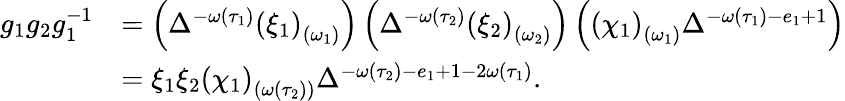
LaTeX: \begin{array}{rl}{g_{1}g_{2}g_{1}^{-1}}&{=\left(\Delta^{-\omega\left(\tau_{1}\right)}\left(\xi_{1}\right)_{\left(\omega_{1}\right)}\right)\left(\Delta^{-\omega\left(\tau_{2}\right)}\left(\xi_{2}\right)_{\left(\omega_{2}\right)}\right)\left(\left(\chi_{1}\right)_{\left(\omega_{1}\right)}\Delta^{-\omega\left(\tau_{1}\right)-e_{1}+1}\right)}\\ &{=\xi_{1}\xi_{2}\left(\chi_{1}\right)_{\left(\omega\left(\tau_{2}\right)\right)}\Delta^{-\omega\left(\tau_{2}\right)-e_{1}+1-2\omega\left(\tau_{1}\right)}.}\end{array}